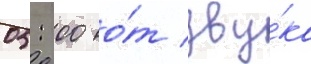
05: 00 о́т зву́ка